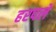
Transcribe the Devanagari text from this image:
हरपलें